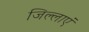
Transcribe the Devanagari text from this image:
जिल्लाएं